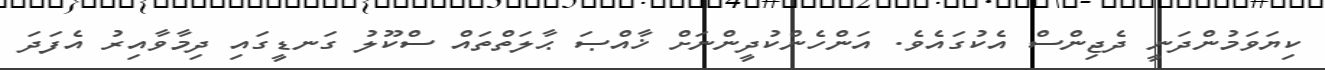
ކިޔަވަމުންދަނީ ދެޖިންސް އެކުގައެވެ. އަންހެންކުދީންނަށް ޚާއްޞަ ޙާލަތްތައް ސްކޫލު ގަނޑީގައި ދިމާވާއިރު އެފަދަ